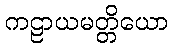
ကဠာယမတ္တိယော